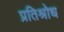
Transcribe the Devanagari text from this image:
प्रतिश्रोध